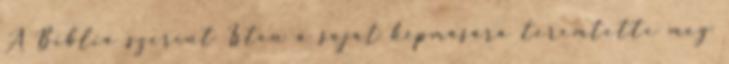
A Biblia szerint Isten a saját képmására teremtette meg